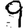
Digit: 9